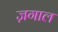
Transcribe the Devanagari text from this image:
ज़गाल